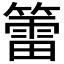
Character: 𥵉